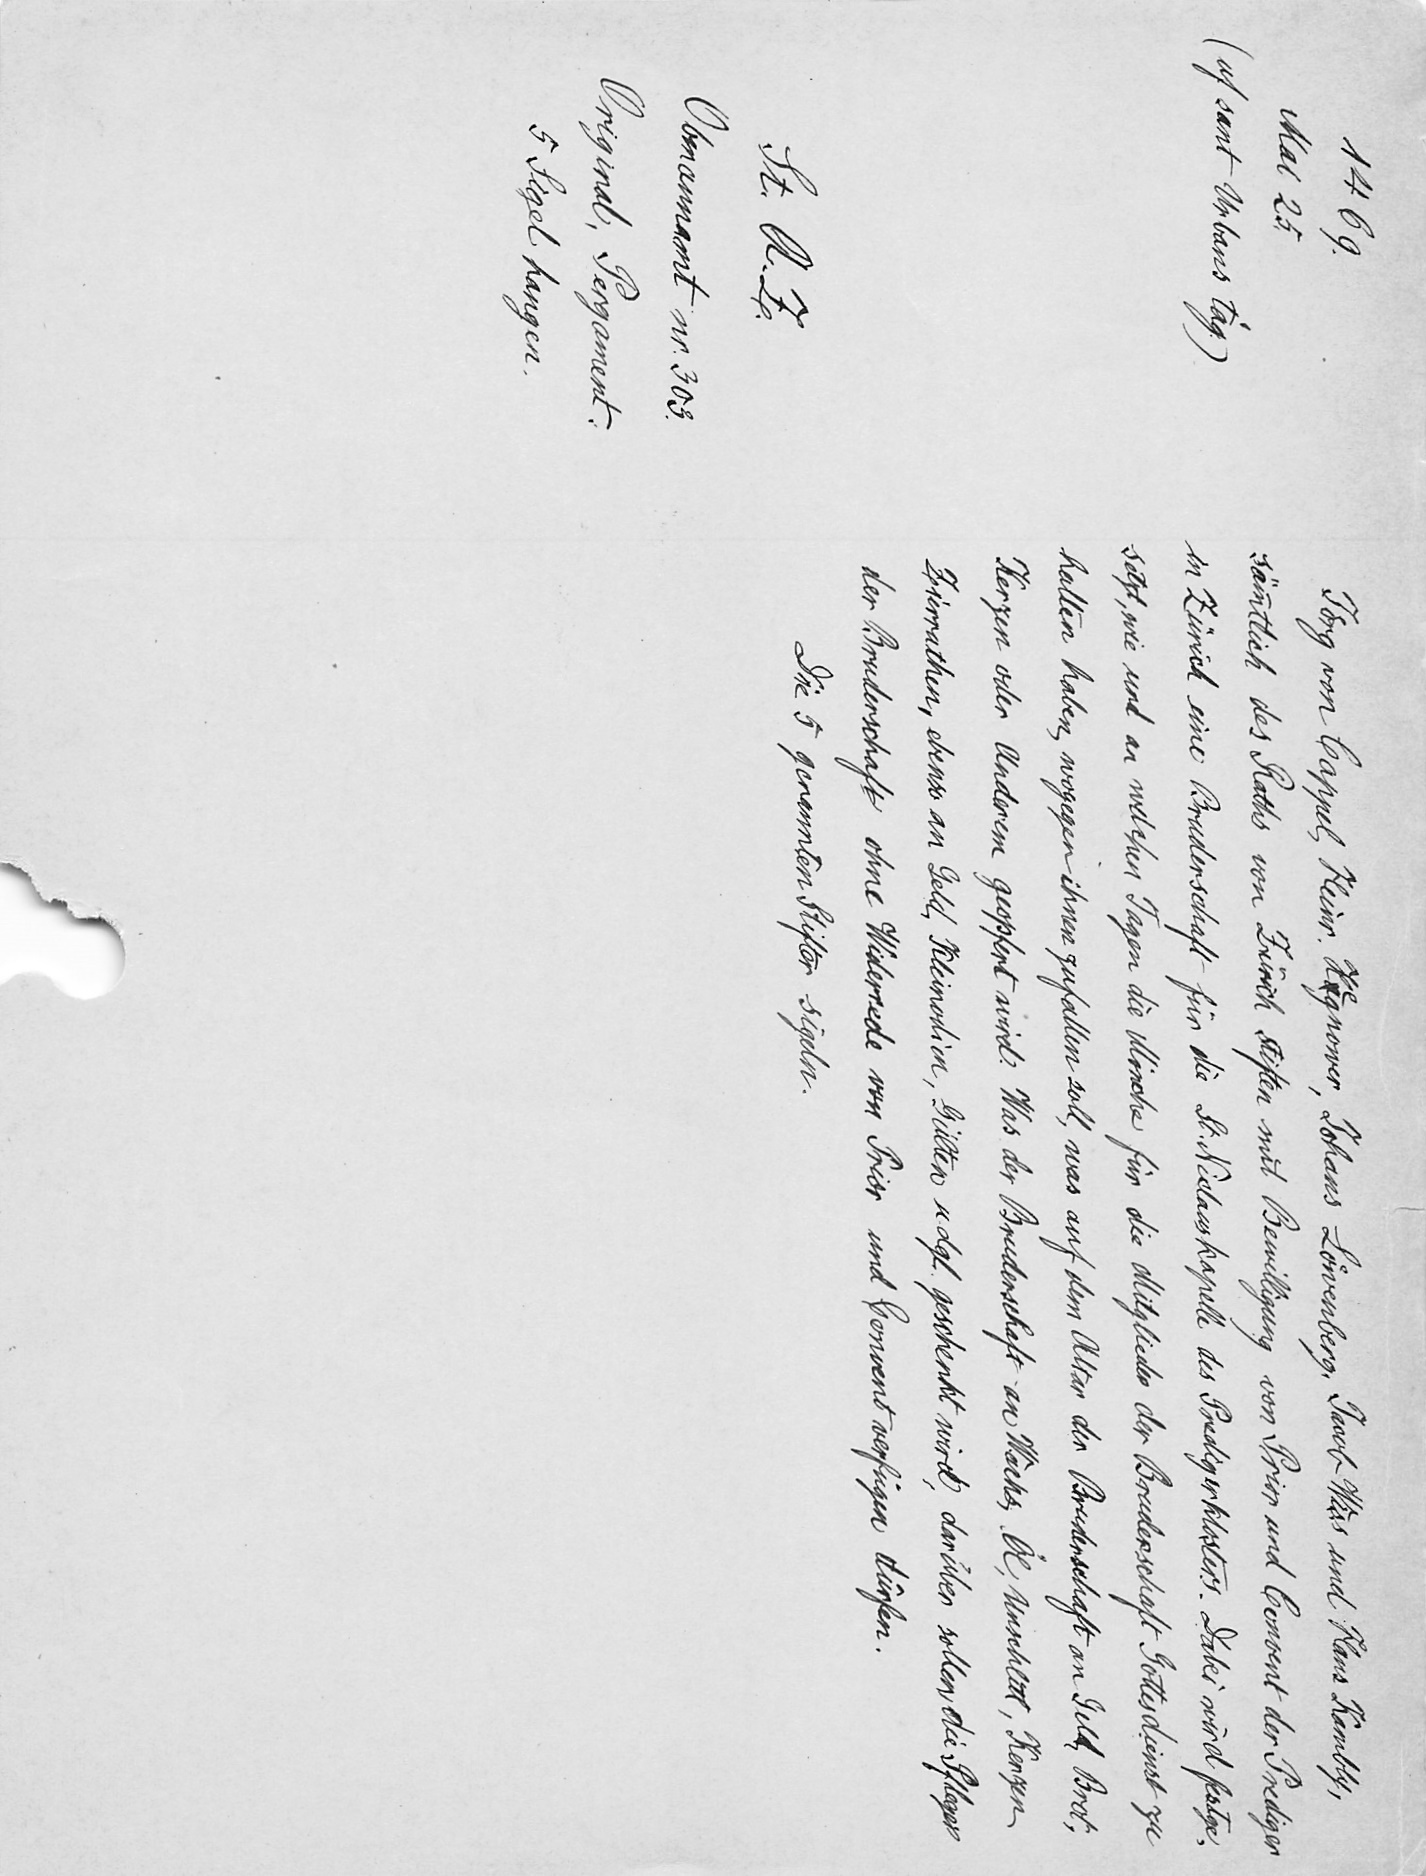
Joͤrg von Cappel, Heinr. Hagnower, Johans Loͤwenberg, Jacob Wiss und Hans Kambly,
sämmtlich des Raths von Zürich stiften mit Bewilligung von Prior und Convent der Prediger
in Zürich eine Bruderschaft für die St. Niclauskapelle des Predigerklosters. Dabei wird festge¬
setzt, wie und an welchen Tagen die Mönche für die Mitglieder der Bruderschaft Gottesdienst zu
halten haben, wogegen ihnen zufallen soll, was auf dem Altar der Bruderschaft an Gelt, Brot,
Kerzen oder Anderem geopfert wird. Was der Bruderschaft an Wachs, Öl, Unschlitt, Kerzen,
Zierrathen, ebenso an Geld, Kleinodien, Gülten u. dgl. geschenkt wird, darüber sollen die Pfleger
der Bruderschaft ohne Widernede von Prior und Convent verfügen dürfen.
Die 5 genannten Stifter sigeln.

1469.
Mai 25.
(uf sant Urbans tag
St. A.Z.
Obmannamt nr. 303.
Original, Pergament.
5 Sigel hangen.